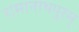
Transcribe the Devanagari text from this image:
रामानाथपुरम्